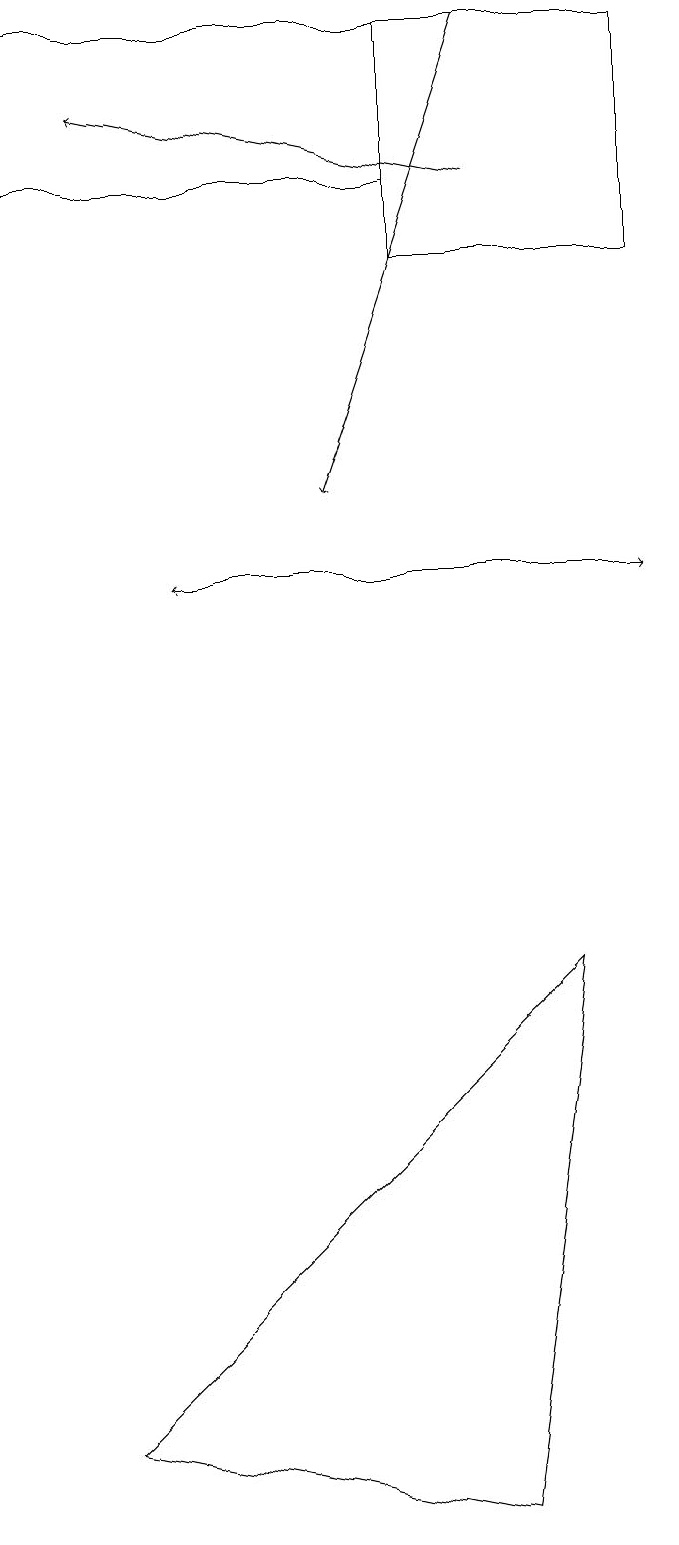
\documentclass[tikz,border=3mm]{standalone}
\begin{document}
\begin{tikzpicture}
\draw (5,19) rectangle (8,16);
\draw (1,1) -- (6,0) -- (7,7) -- cycle;
\draw[->] (2,12) -- (8,12);
\draw (0,19) rectangle (5,17);
\draw[->] (8,12) -- (2,12);
\draw[->] (6,19) -- (4,13);
\draw[->] (6,17) -- (1,18);
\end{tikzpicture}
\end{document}